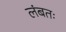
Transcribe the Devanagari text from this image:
लंबतः